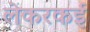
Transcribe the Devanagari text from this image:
लेकरकई